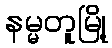
နမ္မတူမြို့